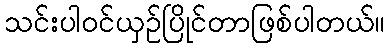
သင်းပါဝင်ယှဉ်ပြိုင်တာဖြစ်ပါတယ်။